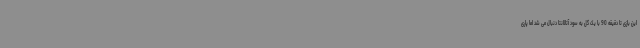
این بازی تا دقیقه 90 با یک گل به سود آتالانتا دنبال می شد اما پاری